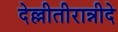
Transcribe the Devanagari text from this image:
देल्लीतीरान्नीदे